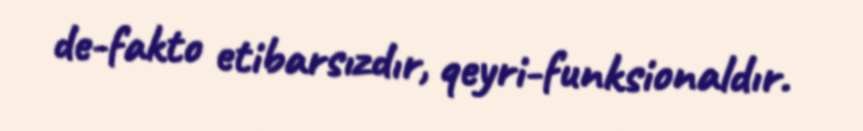
de-fakto etibarsızdır, qeyri-funksionaldır.